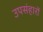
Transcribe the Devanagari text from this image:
उपसंहारों